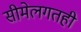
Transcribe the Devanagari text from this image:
सीमेलगतही